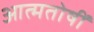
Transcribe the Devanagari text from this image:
आत्मतोषीं